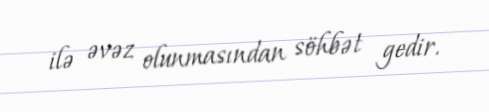
ilə əvəz olunmasından söhbət gedir.